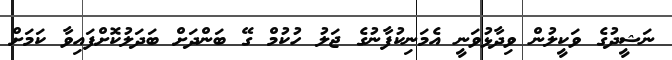
ނަޝީދުގެ ވަކީލުން ވިދާޅުވަނީ އެމަނިކުފާނުގެ ޖަލު ހުކުމް ގޭ ބަންދަށް ބަދަލުކޮށްފައިވާ ކަމަށް